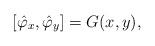
LaTeX: \begin{align*}\left [ \hat \varphi _x , \hat \varphi _y \right ] = G(x,y),\end{align*}